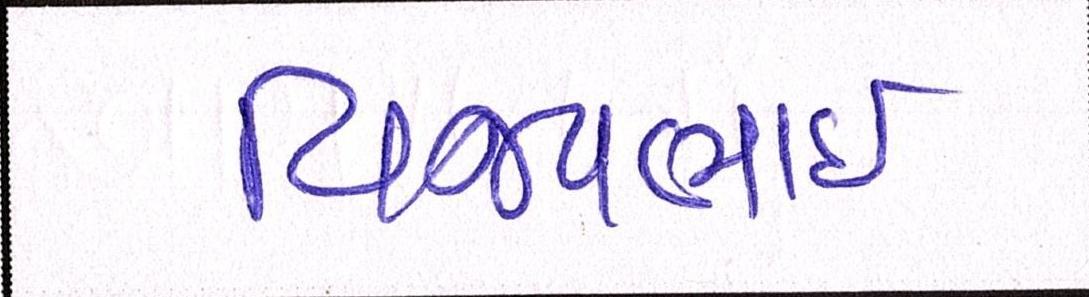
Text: વિજયભાઈ